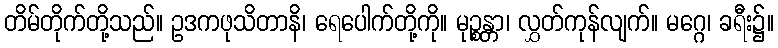
တိမ်တိုက်တို့သည်။ ဥဒကဖုသိတာနိ၊ ရေပေါက်တို့ကို။ မုဉ္စန္တာ၊ လွှတ်ကုန်လျက်။ မဂ္ဂေ၊ ခရီး၌။